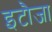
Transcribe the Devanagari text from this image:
इटौजा